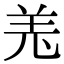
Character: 𦍑